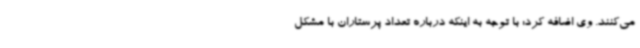
می‌کنند. وی اضافه کرد: با توجه به اینکه درباره تعداد پرستاران با مشکل